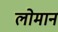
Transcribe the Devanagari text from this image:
लोमान